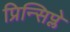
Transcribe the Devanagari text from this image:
प्रिन्सिप्ले